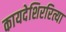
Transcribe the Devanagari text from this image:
कायदेशिररित्या